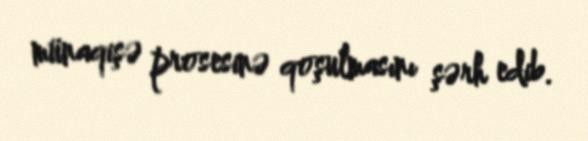
münaqişə prosesinə qoşulmasını şərh edib.